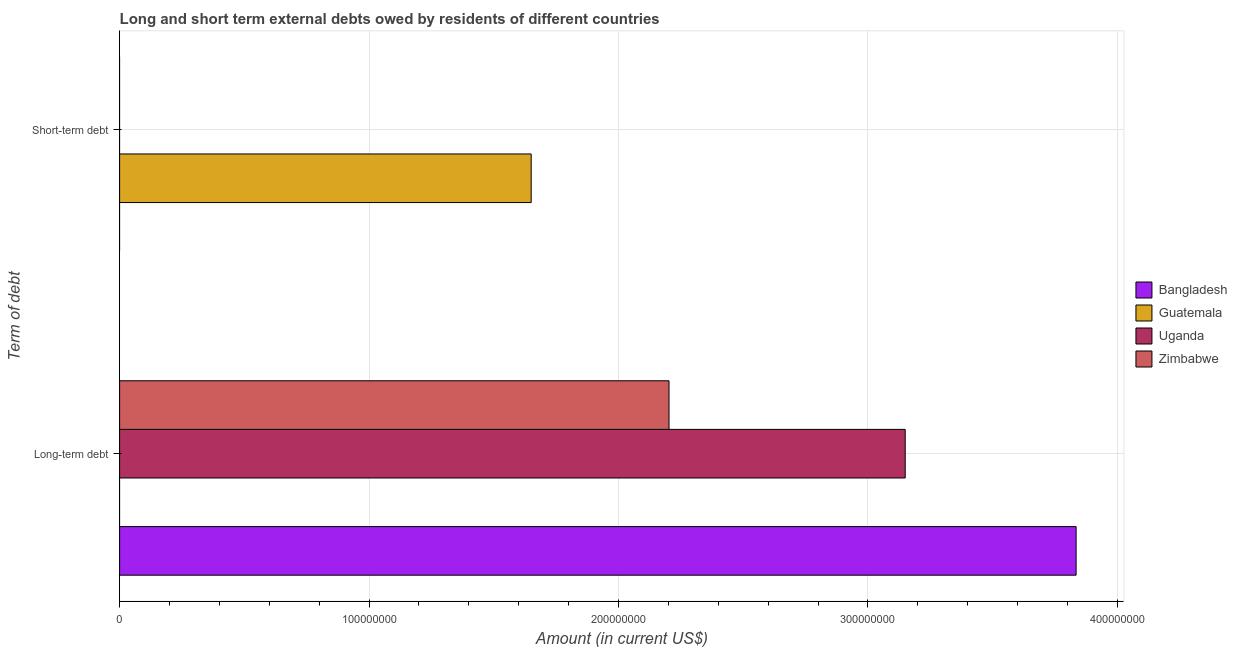
| Term of debt | Bangladesh | Guatemala | Uganda | Zimbabwe |
 | --- | --- | --- | --- | --- |
 | Long-term debt | 3.83e+08 | -3.72e+07 | 3.15e+08 | 2.2e+08 |
 | Short-term debt | -8.21e+07 | 1.65e+08 | -4.49e+07 | -1.06e+08 |